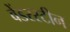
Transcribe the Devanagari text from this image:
वेंडरस्टीन